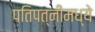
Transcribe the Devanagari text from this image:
पतिपत्‍नींमध्ये